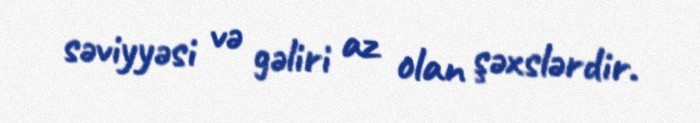
səviyyəsi və gəliri az olan şəxslərdir.